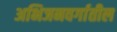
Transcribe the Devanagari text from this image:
अभिजनवर्गातील